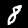
Digit: 8